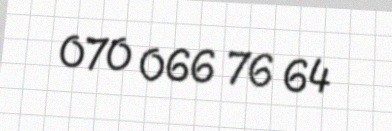
070 066 76 64